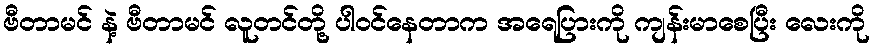
ဗီတာမင် နဲ့ ဗီတာမင် လူတင်တို့ ပါဝင်နေတာက အရေပြားကို ကျန်းမာစေပြီး လေးကို